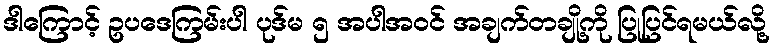
ဒါကြောင့် ဥပဒေကြမ်းပါ ပုဒ်မ ၅ အပါအဝင် အချက်တချို့ကို ပြုပြင်ရမယ်လို့